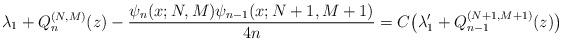
LaTeX: \begin{align*} \lambda _{1}+Q_{n}^{(N,M) }(z) -\frac{\psi _{n}(x;N,M) \psi _{n-1}(x;N+1,M+1) }{4n}=C\big( \lambda _{1}^{\prime }+Q_{n-1}^{(N+1,M+1) }(z) \big) \end{align*}